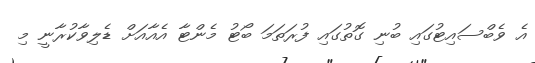
އެ ވެބްސައިޓުގައި ބުނި ގޮތުގައި ފުރަތަމަ ބޯޓު މެންޓާ އެއާއަށް ޑެލިވާކުރާނީ މި